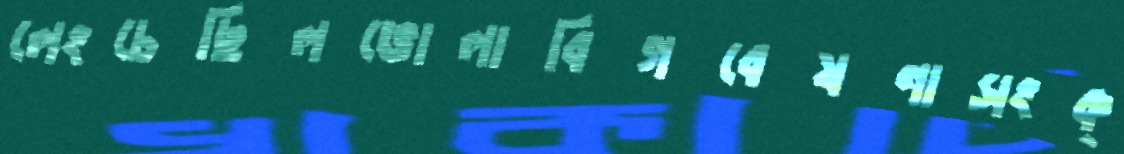
লেংচেছিলভোলাবিগবেষণাসংক্